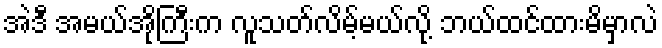
အဲဒီ အမယ်အိုကြီးက လူသတ်လိမ့်မယ်လို့ ဘယ်ထင်ထားမိမှာလဲ